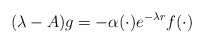
\begin{align*} (\lambda-A)g=-\alpha(\cdot)e^{-\lambda r}f(\cdot)\end{align*}